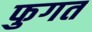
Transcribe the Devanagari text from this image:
फुगत